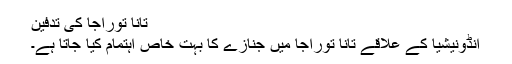
تانا توراجا کی تدفین
انڈونیشیا کے علاقے تانا توراجا میں جنازے کا بہت خاص اہتمام کیا جاتا ہے۔